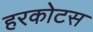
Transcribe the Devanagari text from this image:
हरकोटस